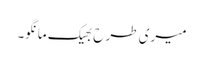
میری طرح بھیک مانگو۔